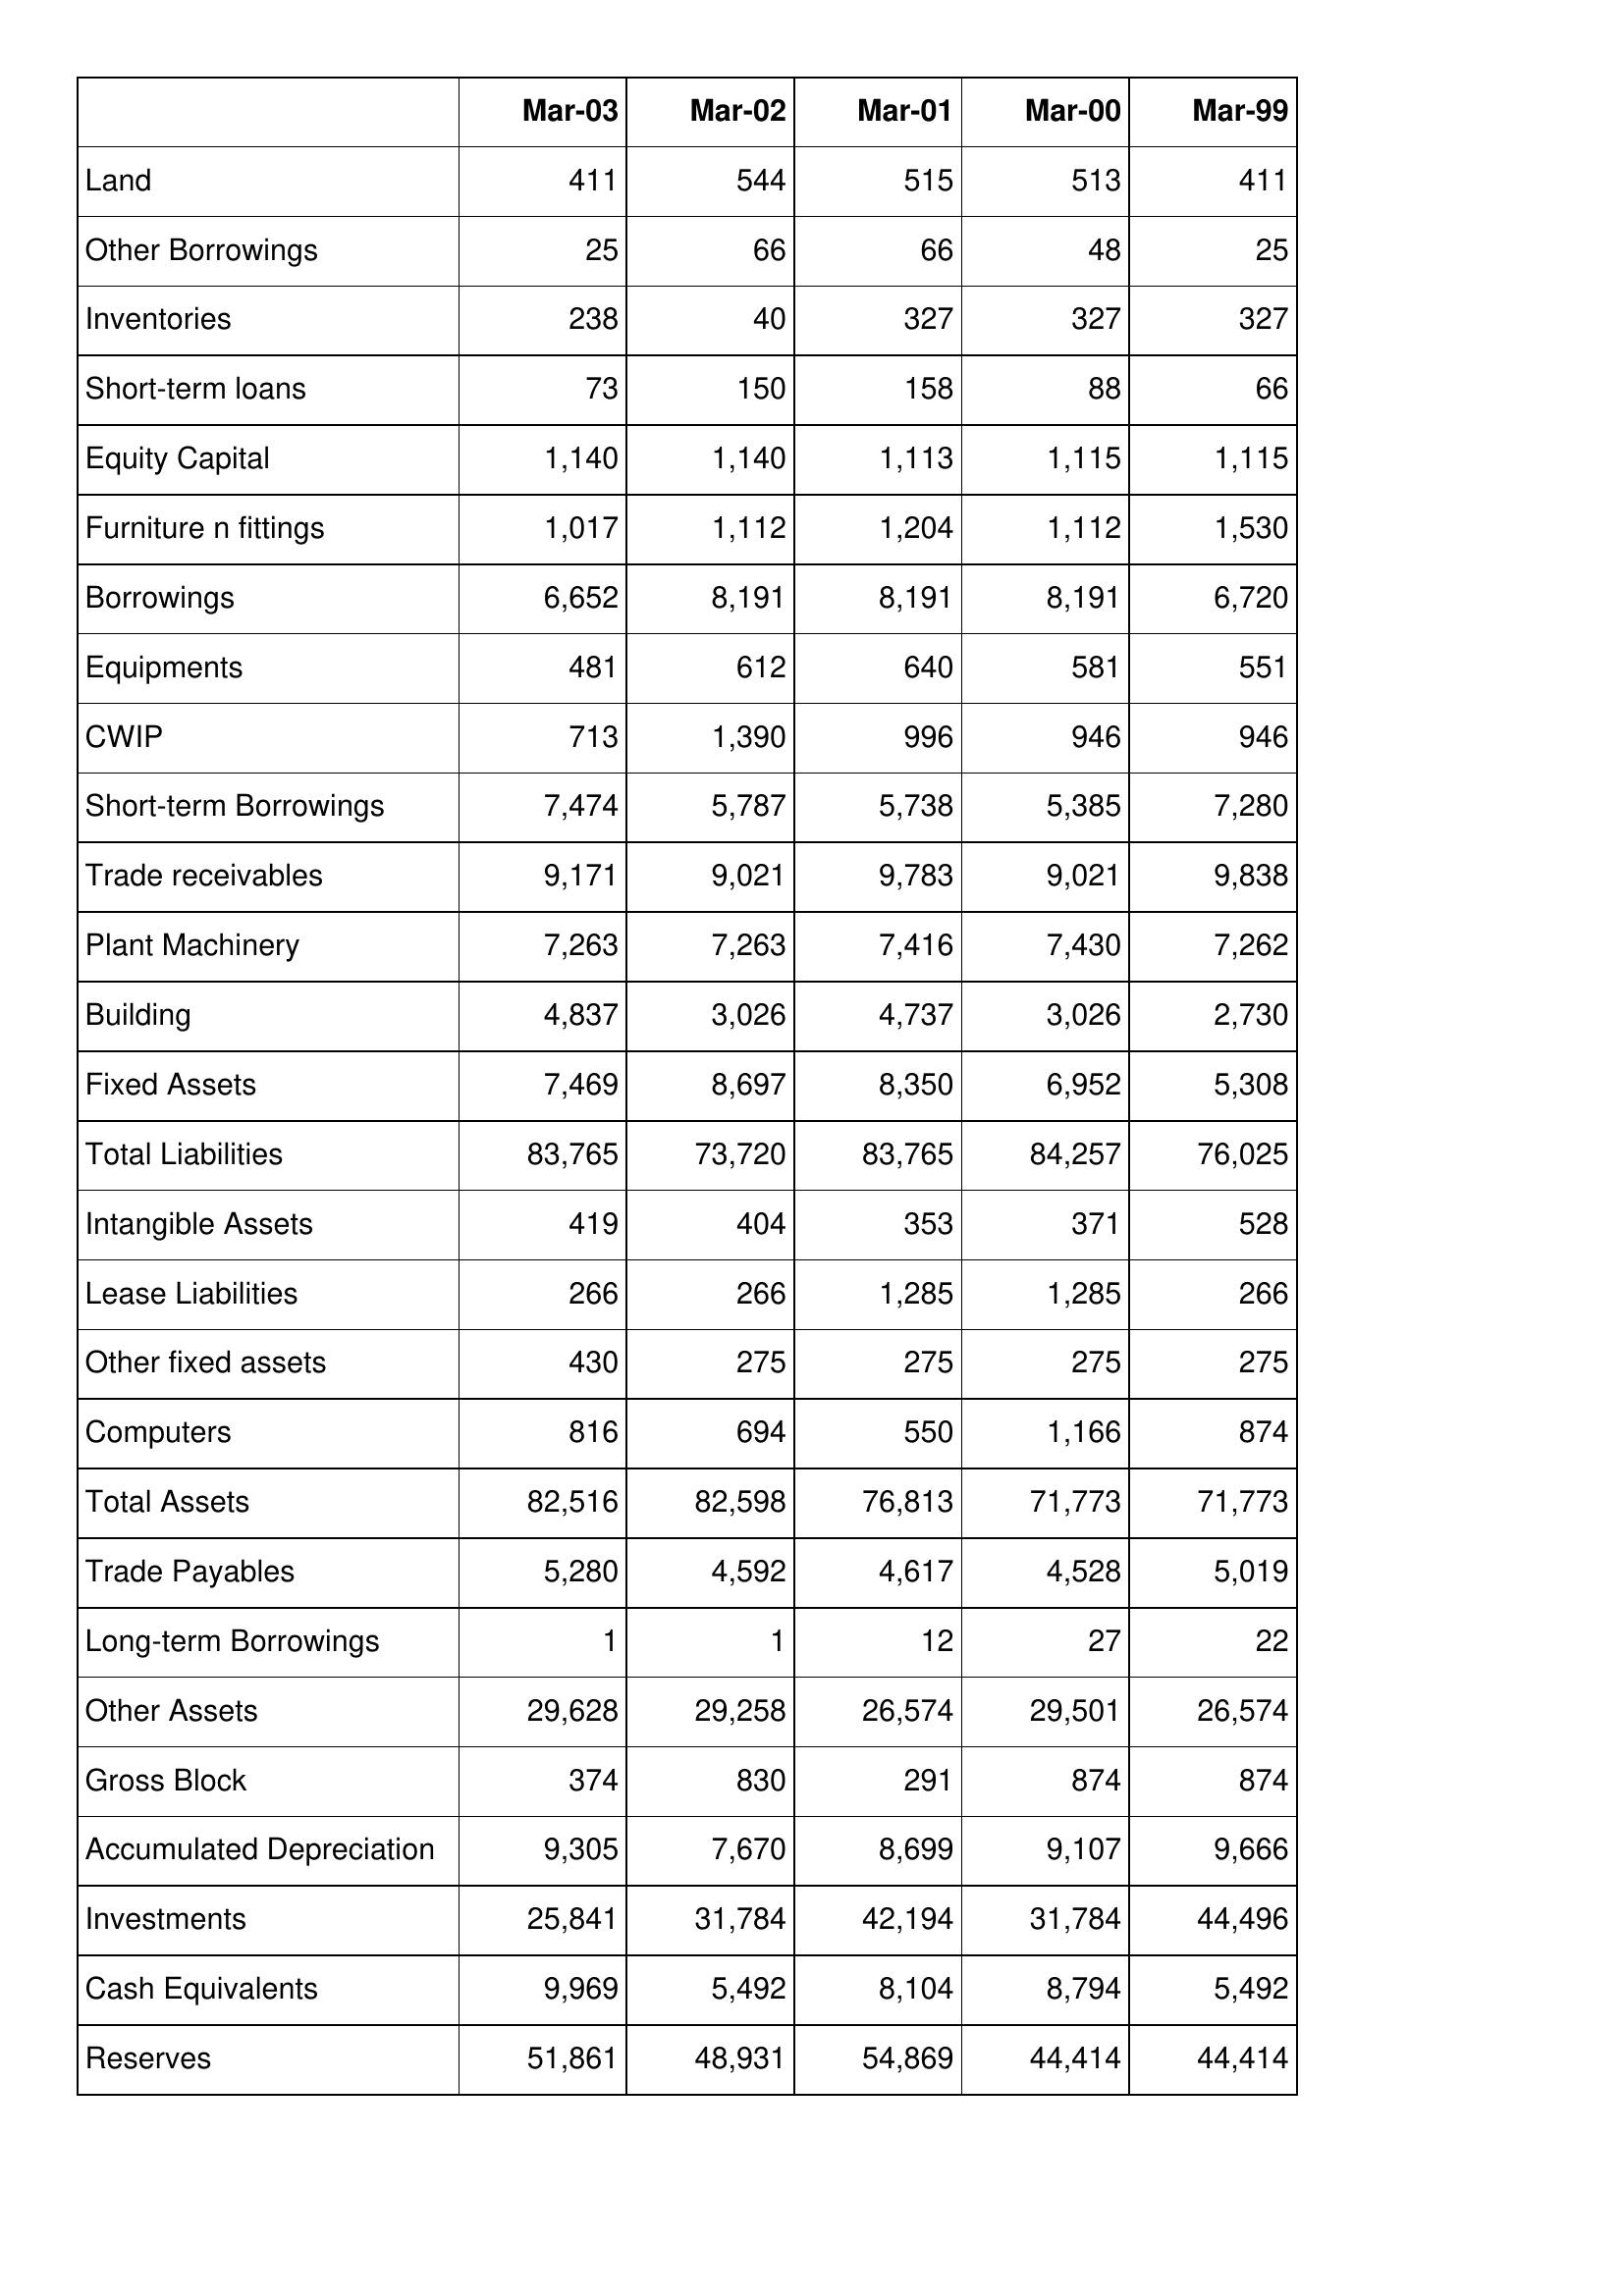
Mar-03: Balance Sheet: Land: 411
Other Borrowings: 25
Inventories: 238
Short-term loans: 73
Equity Capital: 1,140
Furniture n fittings: 1,017
Borrowings: 6,652
Equipments: 481
CWIP: 713
Short-term Borrowings: 7,474
Trade receivables: 9,171
Plant Machinery: 7,263
Building: 4,837
Fixed Assets: 7,469
Total Liabilities: 83,765
Intangible Assets: 419
Lease Liabilities: 266
Other fixed assets: 430
Computers: 816
Total Assets: 82,516
Trade Payables: 5,280
Long-term Borrowings: 1
Other Assets: 29,628
Gross Block: 374
Accumulated Depreciation: 9,305
Investments: 25,841
Cash Equivalents: 9,969
Reserves: 51,861
Mar-02: Balance Sheet: Land: 544
Other Borrowings: 66
Inventories: 40
Short-term loans: 150
Equity Capital: 1,140
Furniture n fittings: 1,112
Borrowings: 8,191
Equipments: 612
CWIP: 1,390
Short-term Borrowings: 5,787
Trade receivables: 9,021
Plant Machinery: 7,263
Building: 3,026
Fixed Assets: 8,697
Total Liabilities: 73,720
Intangible Assets: 404
Lease Liabilities: 266
Other fixed assets: 275
Computers: 694
Total Assets: 82,598
Trade Payables: 4,592
Long-term Borrowings: 1
Other Assets: 29,258
Gross Block: 830
Accumulated Depreciation: 7,670
Investments: 31,784
Cash Equivalents: 5,492
Reserves: 48,931
Mar-01: Balance Sheet: Land: 515
Other Borrowings: 66
Inventories: 327
Short-term loans: 158
Equity Capital: 1,113
Furniture n fittings: 1,204
Borrowings: 8,191
Equipments: 640
CWIP: 996
Short-term Borrowings: 5,738
Trade receivables: 9,783
Plant Machinery: 7,416
Building: 4,737
Fixed Assets: 8,350
Total Liabilities: 83,765
Intangible Assets: 353
Lease Liabilities: 1,285
Other fixed assets: 275
Computers: 550
Total Assets: 76,813
Trade Payables: 4,617
Long-term Borrowings: 12
Other Assets: 26,574
Gross Block: 291
Accumulated Depreciation: 8,699
Investments: 42,194
Cash Equivalents: 8,104
Reserves: 54,869
Mar-00: Balance Sheet: Land: 513
Other Borrowings: 48
Inventories: 327
Short-term loans: 88
Equity Capital: 1,115
Furniture n fittings: 1,112
Borrowings: 8,191
Equipments: 581
CWIP: 946
Short-term Borrowings: 5,385
Trade receivables: 9,021
Plant Machinery: 7,430
Building: 3,026
Fixed Assets: 6,952
Total Liabilities: 84,257
Intangible Assets: 371
Lease Liabilities: 1,285
Other fixed assets: 275
Computers: 1,166
Total Assets: 71,773
Trade Payables: 4,528
Long-term Borrowings: 27
Other Assets: 29,501
Gross Block: 874
Accumulated Depreciation: 9,107
Investments: 31,784
Cash Equivalents: 8,794
Reserves: 44,414
Mar-99: Balance Sheet: Land: 411
Other Borrowings: 25
Inventories: 327
Short-term loans: 66
Equity Capital: 1,115
Furniture n fittings: 1,530
Borrowings: 6,720
Equipments: 551
CWIP: 946
Short-term Borrowings: 7,280
Trade receivables: 9,838
Plant Machinery: 7,262
Building: 2,730
Fixed Assets: 5,308
Total Liabilities: 76,025
Intangible Assets: 528
Lease Liabilities: 266
Other fixed assets: 275
Computers: 874
Total Assets: 71,773
Trade Payables: 5,019
Long-term Borrowings: 22
Other Assets: 26,574
Gross Block: 874
Accumulated Depreciation: 9,666
Investments: 44,496
Cash Equivalents: 5,492
Reserves: 44,414